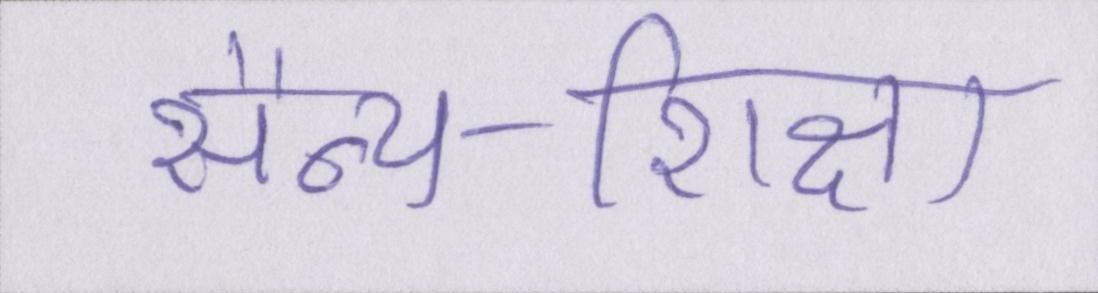
सैन्य-शिक्षा